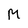
Character: M